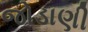
જોડાણી